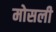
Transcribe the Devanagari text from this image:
मोसली